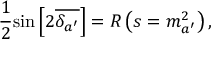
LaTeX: \frac { 1 } { 2 } \mathrm { { s i n } } \left[ 2 \overline { { { \delta _ { a ^ { \prime } } } } } \right] = R \left( s = m _ { a ^ { \prime } } ^ { 2 } \right) ,